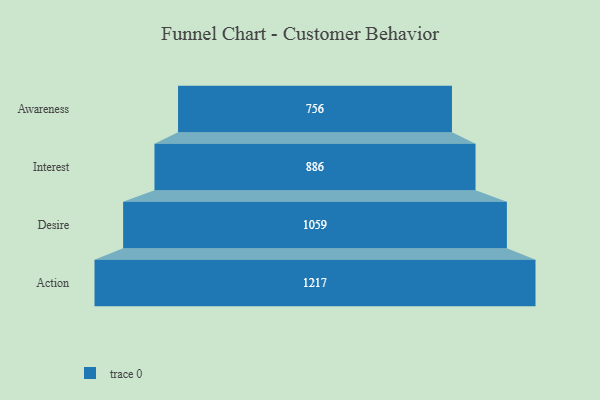
{"axis": {"x": "Stage", "y": "Value"}, "legend": [""], "data": [{"x": "Awareness", "y": 756.0, "type": ""}, {"x": "Interest", "y": 886.0, "type": ""}, {"x": "Desire", "y": 1059.0, "type": ""}, {"x": "Action", "y": 1217.0, "type": ""}]}